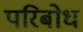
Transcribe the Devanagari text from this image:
परिबोध